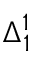
\Delta _ { 1 } ^ { 1 }